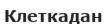
Клеткадан